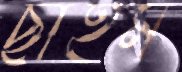
ছাইম